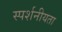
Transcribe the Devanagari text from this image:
स्पर्शनीयता